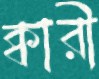
ক্বারী